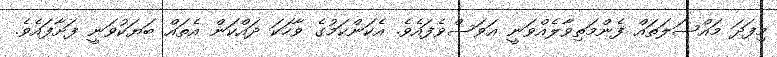
މިފަދަ މައްސަލަތައް ފެންމަތިވާލެއްވަނީ އަވަސްވެފައެވެ. އެކަންކަމުގެ ވާހަކަ ދައްކަން އެތައް ބަޔަކުވަނީ ފަށާފައެވެ.